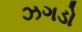
ઝગડો